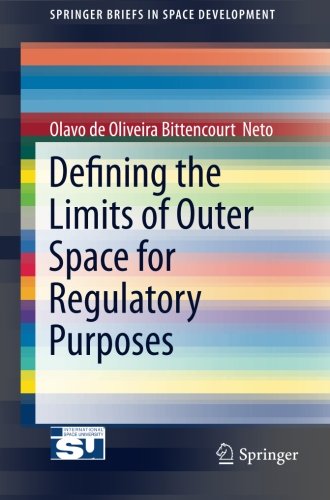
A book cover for Defining the Limits of Outer Space for Regulatory Purposes (SpringerBriefs in Space Development); Olavo de Oliveira Bittencourt  Neto; Law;